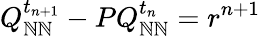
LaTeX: Q_{\mathbb{N}\mathbb{N}}^{t_{n+1}}-PQ_{\mathbb{N}\mathbb{N}}^{t_{n}}=r^{n+1}